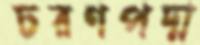
চরণপদ্ম